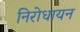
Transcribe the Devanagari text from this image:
निरोधायन